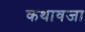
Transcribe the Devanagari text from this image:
कथावजा